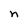
Character: n